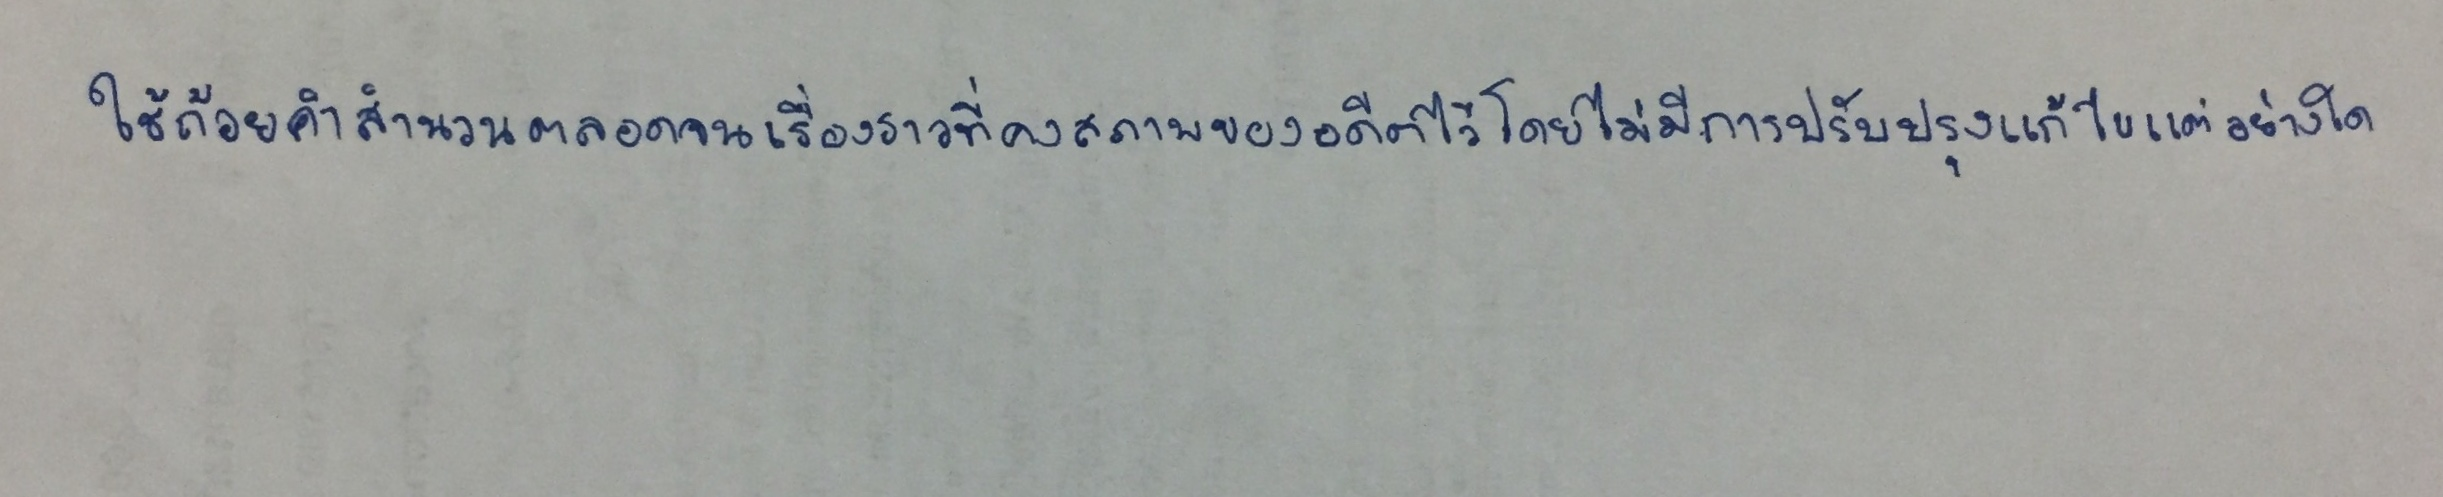
ใช้ถ้อยคำสำนวนตลอดจนเรื่องราวที่คงสภาพของอดีตไว้โดยไม่มีการปรับปรุงแก้ไขแต่อย่างใด